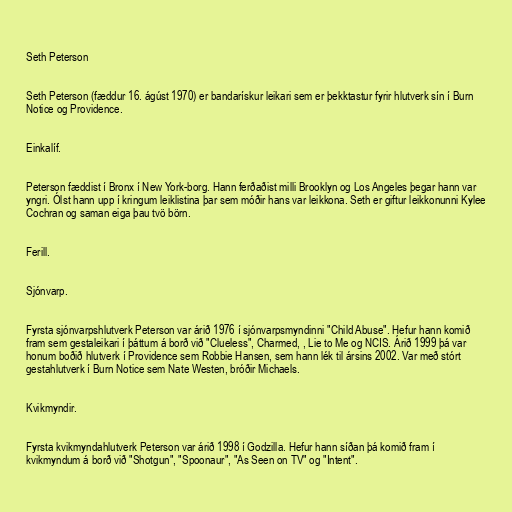
Seth Peterson

Seth Peterson (fæddur 16. ágúst 1970) er bandarískur leikari sem er þekktastur fyrir hlutverk sín í Burn
Notice og Providence.

Einkalíf.

Peterson fæddist í Bronx í New York-borg. Hann ferðaðist milli Brooklyn og Los Angeles þegar hann var
yngri. Ólst hann upp í kringum leiklistina þar sem móðir hans var leikkona. Seth er giftur leikkonunni Kylee
Cochran og saman eiga þau tvö börn.

Ferill.

Sjónvarp.

Fyrsta sjónvarpshlutverk Peterson var árið 1976 í sjónvarpsmyndinni "Child Abuse". Hefur hann komið
fram sem gestaleikari í þáttum á borð við "Clueless", Charmed, , Lie to Me og NCIS. Árið 1999 þá var
honum boðið hlutverk í Providence sem Robbie Hansen, sem hann lék til ársins 2002. Var með stórt
gestahlutverk í Burn Notice sem Nate Westen, bróðir Michaels.

Kvikmyndir.

Fyrsta kvikmyndahlutverk Peterson var árið 1998 í Godzilla. Hefur hann síðan þá komið fram í
kvikmyndum á borð við "Shotgun", "Spoonaur", "As Seen on TV" og "Intent".